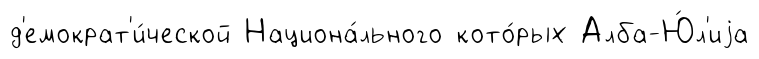
д'емократ'и́ческой Национа́льного кото́рых Алба-Ю́л'иjа